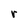
Character: r